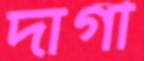
দাগী